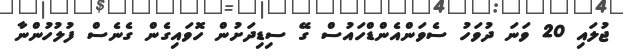
ޖުލައި 20 ވަނަ ދުވަހު ސެވަންއެންޑްހައުސް ގޭ ސިޑިދަށުން ހޮވައިގެން ގެނެސް ފުލުހުންނާ